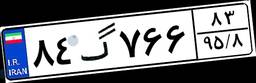
۸۴گ۷۶۶۸۳